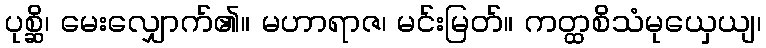
ပုစ္ဆိ၊ မေးလျှောက်၏။ မဟာရာဇ၊ မင်းမြတ်။ ကတ္ထစိသံမုယှေယျ၊